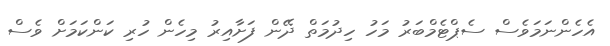
އެހެންނަމަވެސް ސެޕްޓެމްބަރު މަހު ހިދުމަތް ދޭން ފަށާއިރު މިހެން ހުރި ކަންކަމަށް ވެސް